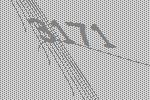
3171